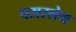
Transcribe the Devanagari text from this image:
पसरलेथ